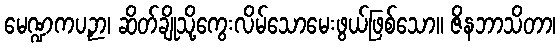
မေဏ္ဍကပဉှာ၊ ဆိတ်ချိုသို့ကွေးလိမ်သောမေးဖွယ်ဖြစ်သော။ ဇိနဘာသိတာ၊